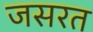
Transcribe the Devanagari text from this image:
जसरत